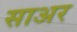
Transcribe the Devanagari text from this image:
साअर